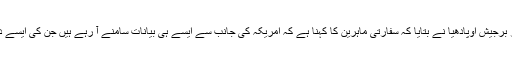
بی بی سی کے واشنگٹن میں نامہ نگار برجیش اوپادھیا نے بتایا کہ سفارتی ماہرین کا کہنا ہے کہ امریکہ کی جانب سے ایسے ہی بیانات سامنے آ رہے ہیں جن کی ایسے دورے سے قبل توقع کی جا سکتی ہے۔